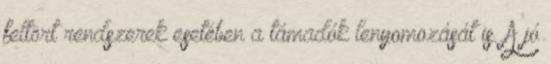
feltört rendszerek esetében a támadók lenyomozását is. A jó